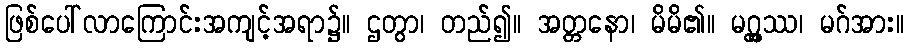
ဖြစ်ပေါ်လာကြောင်းအကျင့်အရာ၌။ ဌတွာ၊ တည်၍။ အတ္တနော၊ မိမိ၏။ မဂ္ဂ္ထဿ၊ မဂ်အား။